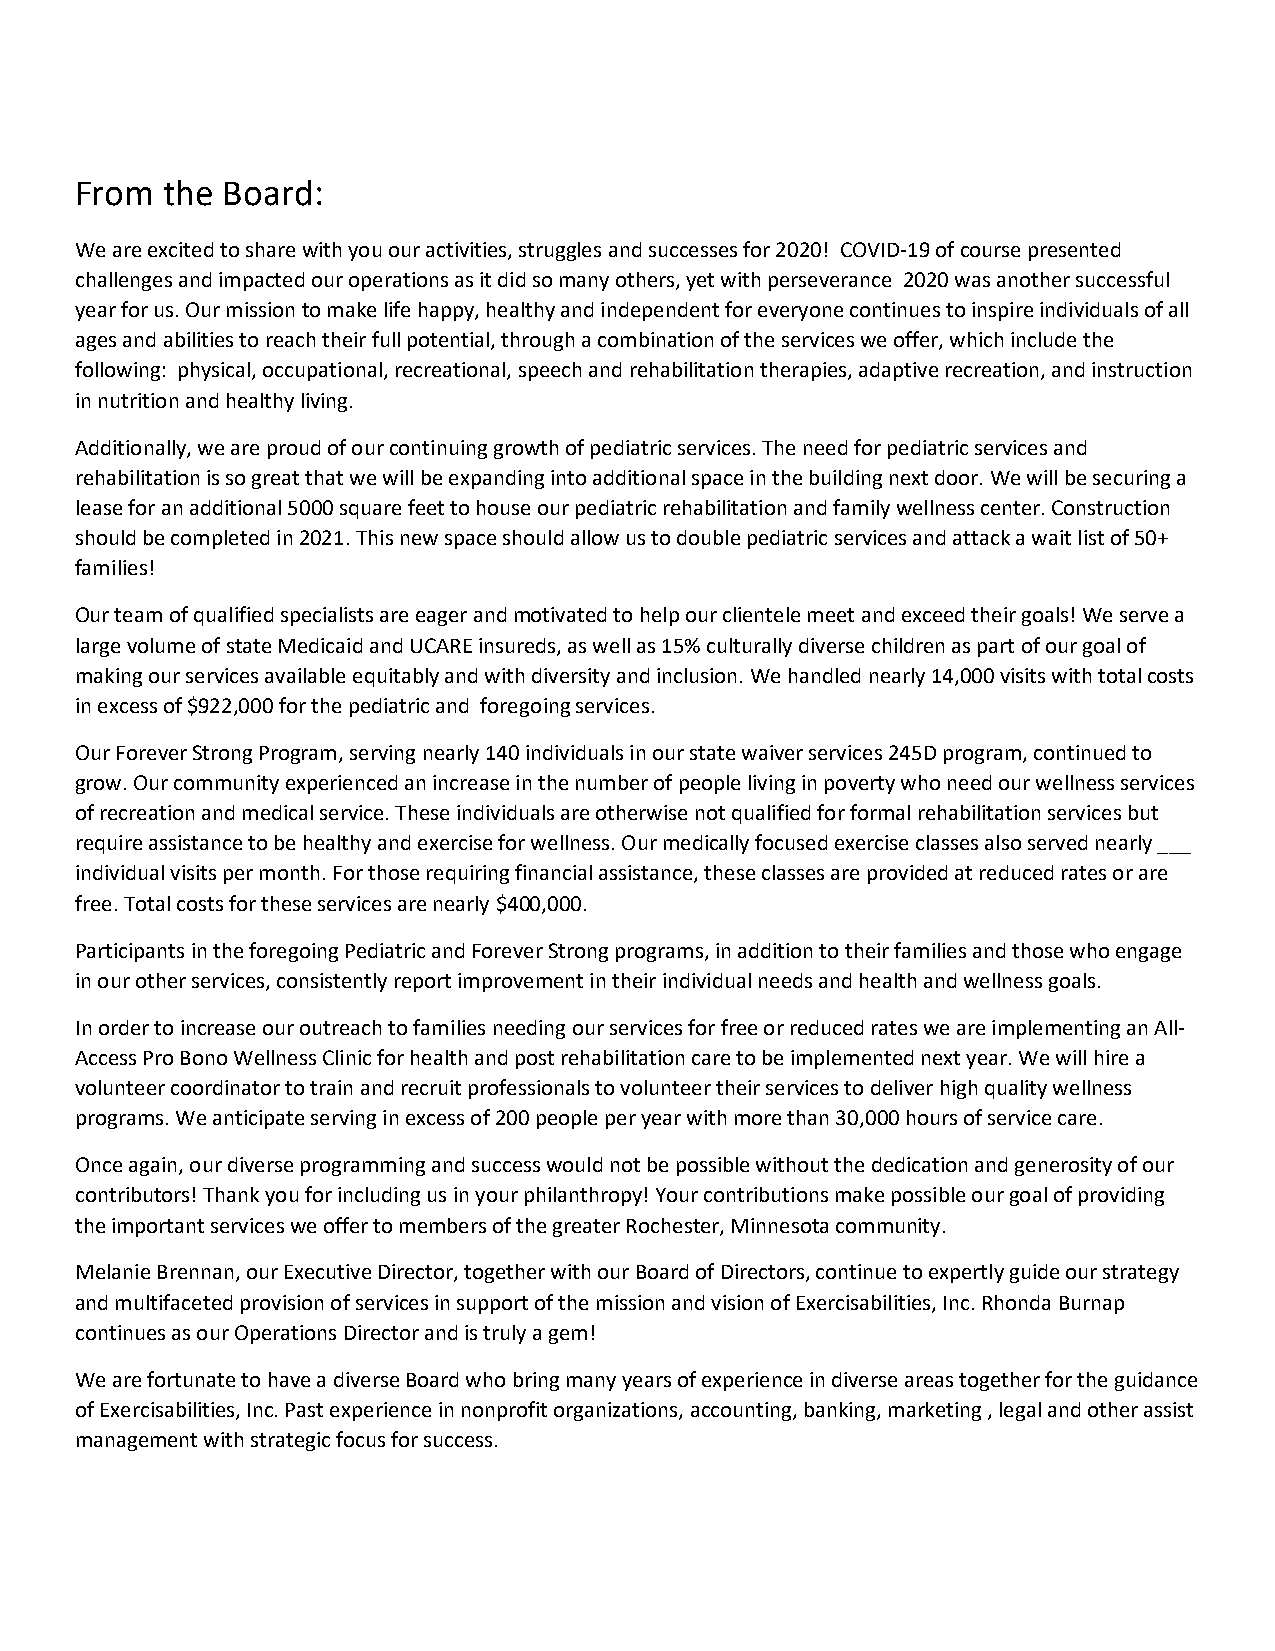
From  the Board:
 We are excited to share with you our activities, struggles and successes for 2020! COVID-19 of course presented
 challenges and impacted our operations as it did so many others, yet with perseverance 2020 was another successful
 year for us. Our mission to make life happy, healthy and independent for everyone continues to inspire individuals of all
 ages and abilities to reach their full potential, through a combination of the services we offer, which include the
 following: physical, occupational, recreational, speech and rehabilitation therapies, adaptive recreation, and instruction
 in nutrition and healthy living.
 Additionally, we are proud of our continuing growth of pediatric services. The need for pediatric services and
 rehabilitation is so great that we will be expanding into additional space in the building next door. We will be securing a
 lease for an additional 5000 square feet to house our pediatric rehabilitation and family wellness center. Construction
 should be completed in 2021. This new space should allow us to double pediatric services and attack a wait list of 50+
 families!
 Our team of qualified specialists are eager and motivated to help our clientele meet and exceed their goals! We serve a
 large volume of state Medicaid and UCARE insureds, as well as 15% culturally diverse children as part of our goal of
 making our services available equitably and with diversity and inclusion. We handled nearly 14,000 visits with total costs
 in excess of $922,000 for the pediatric and foregoing services.
 Our Forever Strong Program, serving nearly 140 individuals in our state waiver services 245D program, continued to
 grow. Our community experienced an increase in the number of people living in poverty who need our wellness services
 of recreation and medical service. These individuals are otherwise not qualified for formal rehabilitation services but
 require assistance to be healthy and exercise for wellness. Our medically focused exercise classes also served nearly ___
 individual visits per month. For those requiring financial assistance, these classes are provided at reduced rates or are
 free. Total costs for these services are nearly $400,000.
 Participants in the foregoing Pediatric and Forever Strong programs, in addition to their families and those who engage
 in our other services, consistently report improvement in their individual needs and health and wellness goals.
 In order to increase our outreach to families needing our services for free or reduced rates we are implementing an All-
 Access Pro Bono Wellness Clinic for health and post rehabilitation care to be implemented next year. We will hire a
 volunteer coordinator to train and recruit professionals to volunteer their services to deliver high quality wellness
 programs. We anticipate serving in excess of 200 people per year with more than 30,000 hours of service care.
 Once again, our diverse programming and success would not be possible without the dedication and generosity of our
 contributors! Thank you for including us in your philanthropy! Your contributions make possible our goal of providing
 the important services we offer to members of the greater Rochester, Minnesota community.
 Melanie Brennan, our Executive Director, together with our Board of Directors, continue to expertly guide our strategy
 and multifaceted provision of services in support of the mission and vision of Exercisabilities, Inc. Rhonda Burnap
 continues as our Operations Director and is truly a gem!
 We are fortunate to have a diverse Board who bring many years of experience in diverse areas together for the guidance
 of Exercisabilities, Inc. Past experience in nonprofit organizations, accounting, banking, marketing , legal and other assist
 management with strategic focus for success.